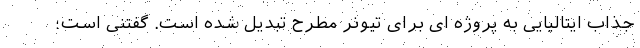
جذاب ایتالیایی به پروژه ای برای تیونر مطرح تبدیل شده است. گفتنی است؛